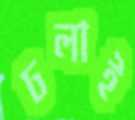
ঢলাই